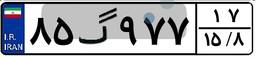
۸۵گ۹۷۷۱۷